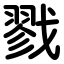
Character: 戮